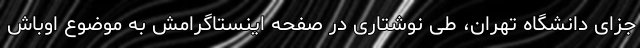
جزای دانشگاه تهران، طی نوشتاری در صفحه اینستاگرامش به موضوع اوباش